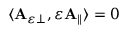
\begin{array} { r } { \langle \mathbf { A } _ { \varepsilon \perp } , \varepsilon \mathbf { A } _ { \parallel } \rangle = 0 } \end{array}